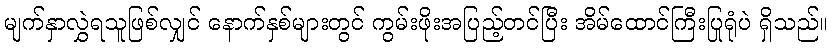
မျက်နှာလွှဲရသူဖြစ်လျှင် နောက်နှစ်များတွင် ကွမ်းဖိုးအပြည့်တင်ပြီး အိမ်ထောင်ကြီးပြုရုံပဲ ရှိသည်။